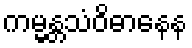
ကမ္မန္တသံဝိဓာနေန